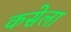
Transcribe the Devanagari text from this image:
कसेला